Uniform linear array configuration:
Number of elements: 8
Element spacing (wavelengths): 0.75
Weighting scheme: blackman
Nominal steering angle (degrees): -45
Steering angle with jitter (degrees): -44.438
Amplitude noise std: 0.05
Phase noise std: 0.05

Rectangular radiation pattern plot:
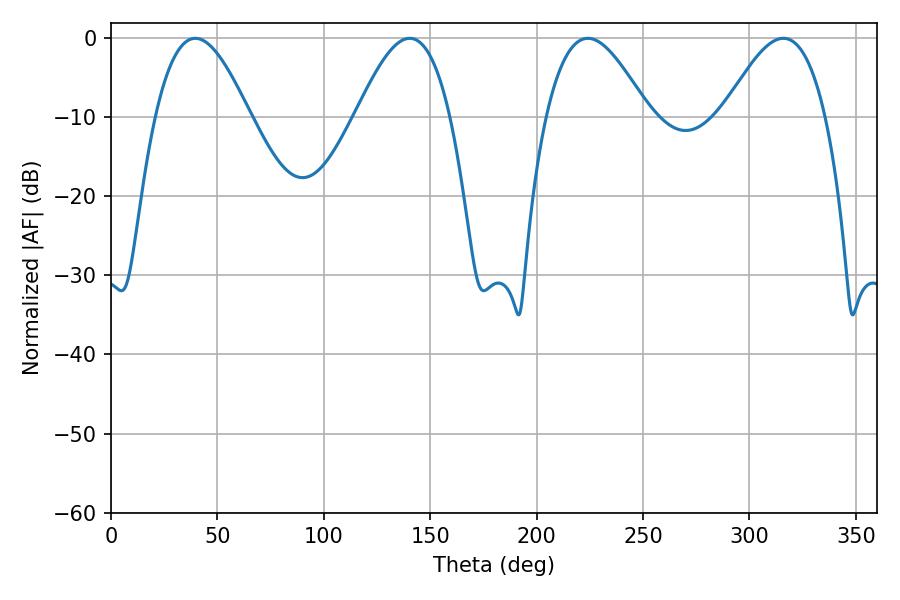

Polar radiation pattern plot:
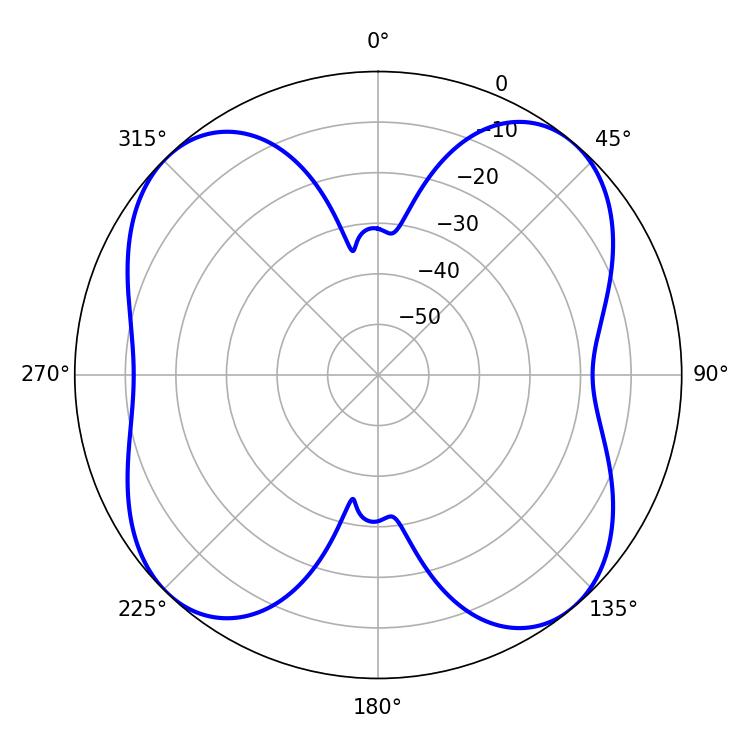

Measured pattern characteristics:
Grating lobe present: TRUE
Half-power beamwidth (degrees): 23.94
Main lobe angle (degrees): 140.4